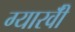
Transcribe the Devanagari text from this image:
ग्यारवीँ